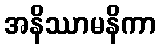
အနိဿာမနိကာ